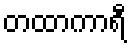
တထာကာရီ